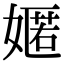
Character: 嫟